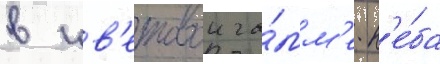
в цв'етовои га́мм'е н'е́ба